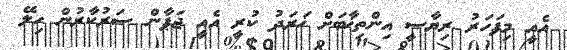
އެއީ މިފަހަރު ރިޔާސީ އިންތިޚާބަށް ޚަަރަދު ކުރީ އެއީ ޖަޕާން ސަރުކާރުން ހިލޭ